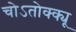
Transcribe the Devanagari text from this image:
चोऽतोक्क्यू